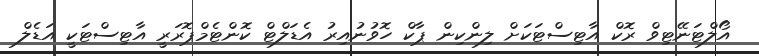
އޯލްޓަނޭޓިވް ރޮކް އާޓިސްޓަކަށް ލިންކިން ޕާކް ހޮވުނުއިރު އެޑަލްޓް ކޮންޓެމްޕޮރަރީ އާޓިސްޓަކީ އަޑެލް